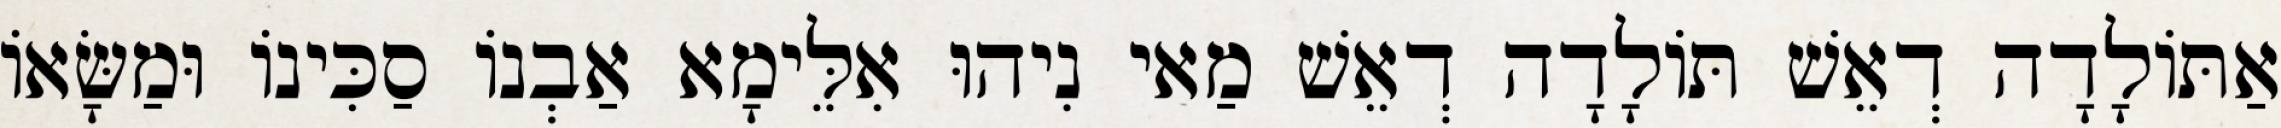
אַתּוֹלָדָה דְאֵשׁ תּוֹלָדָה דְאֵשׁ מַאי נִיהוּ אִלֵּימָא אַבְנוֹ סַכִּינוֹ וּמַשָּׂאוֹ